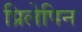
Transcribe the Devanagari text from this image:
प्रिलेपिन